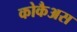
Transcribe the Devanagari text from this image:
कोकैअस